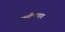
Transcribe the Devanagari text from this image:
छत्तीसगडच